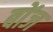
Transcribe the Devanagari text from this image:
बोंज